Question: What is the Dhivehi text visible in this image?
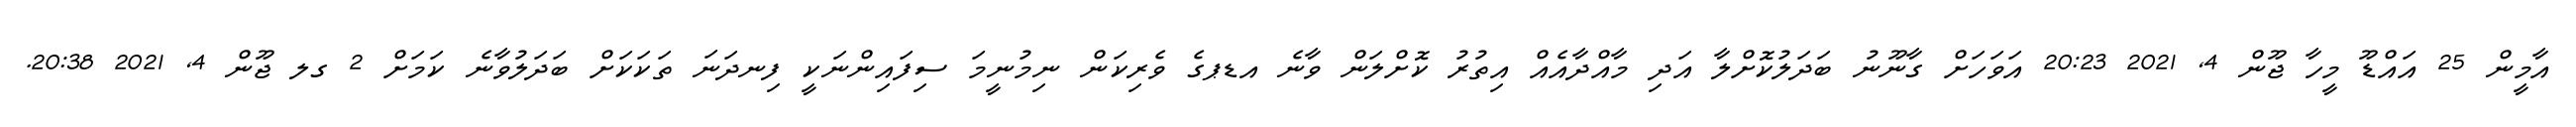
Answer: އާމީން 25 އައްޑޫ މީހާ ޖޫން 4, 2021 20:23 އަވަހަށް ގާނޫނު ބަދަލުކޮށްލާ އަދި މާއްދާއެއް އިތުރު ކޮށްލަން ވާނެ އޑޕގެ ވެރިކަން ނިމުނީމަ ސިފައިންނަކީ ފިނދަނަ ތަކަކަށް ބަދަލުވާނެ ކަމަށް 2 ގލ ޖޫން 4, 2021 20:38.